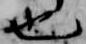
也